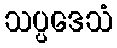
သပ္ပဒေသံ